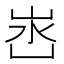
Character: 𭖛